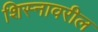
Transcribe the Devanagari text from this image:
शिस्नावरील